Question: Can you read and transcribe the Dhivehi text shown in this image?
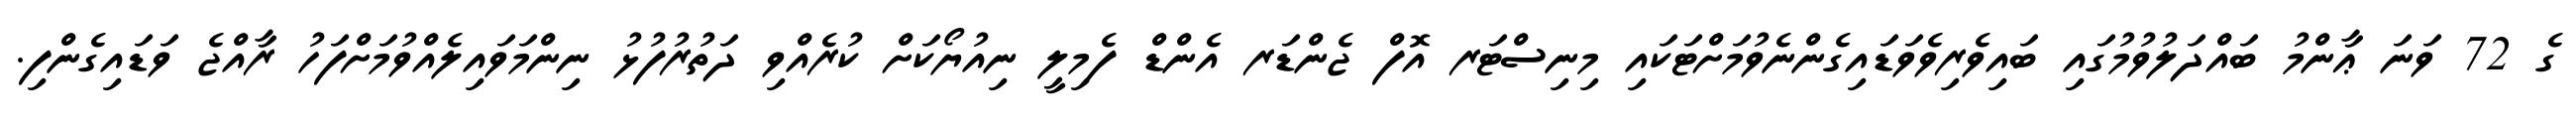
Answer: ގެ 72 ވަނަ ޢާންމު ބައްދަލުވުމުގައި ބައިވެރިވެވަޑައިގެންނެވުމަށްޓަކައި މިނިސްޓަރ އޮފް ޖެންޑަރ އެންޑް ފެމިލީ ނިއުޔޯކަށް ކުރެއްވި ދަތުރުފުޅު ނިންމަވައިލެއްވުމަށްފަހު ރާއްޖެ ވަޑައިގެންފި.